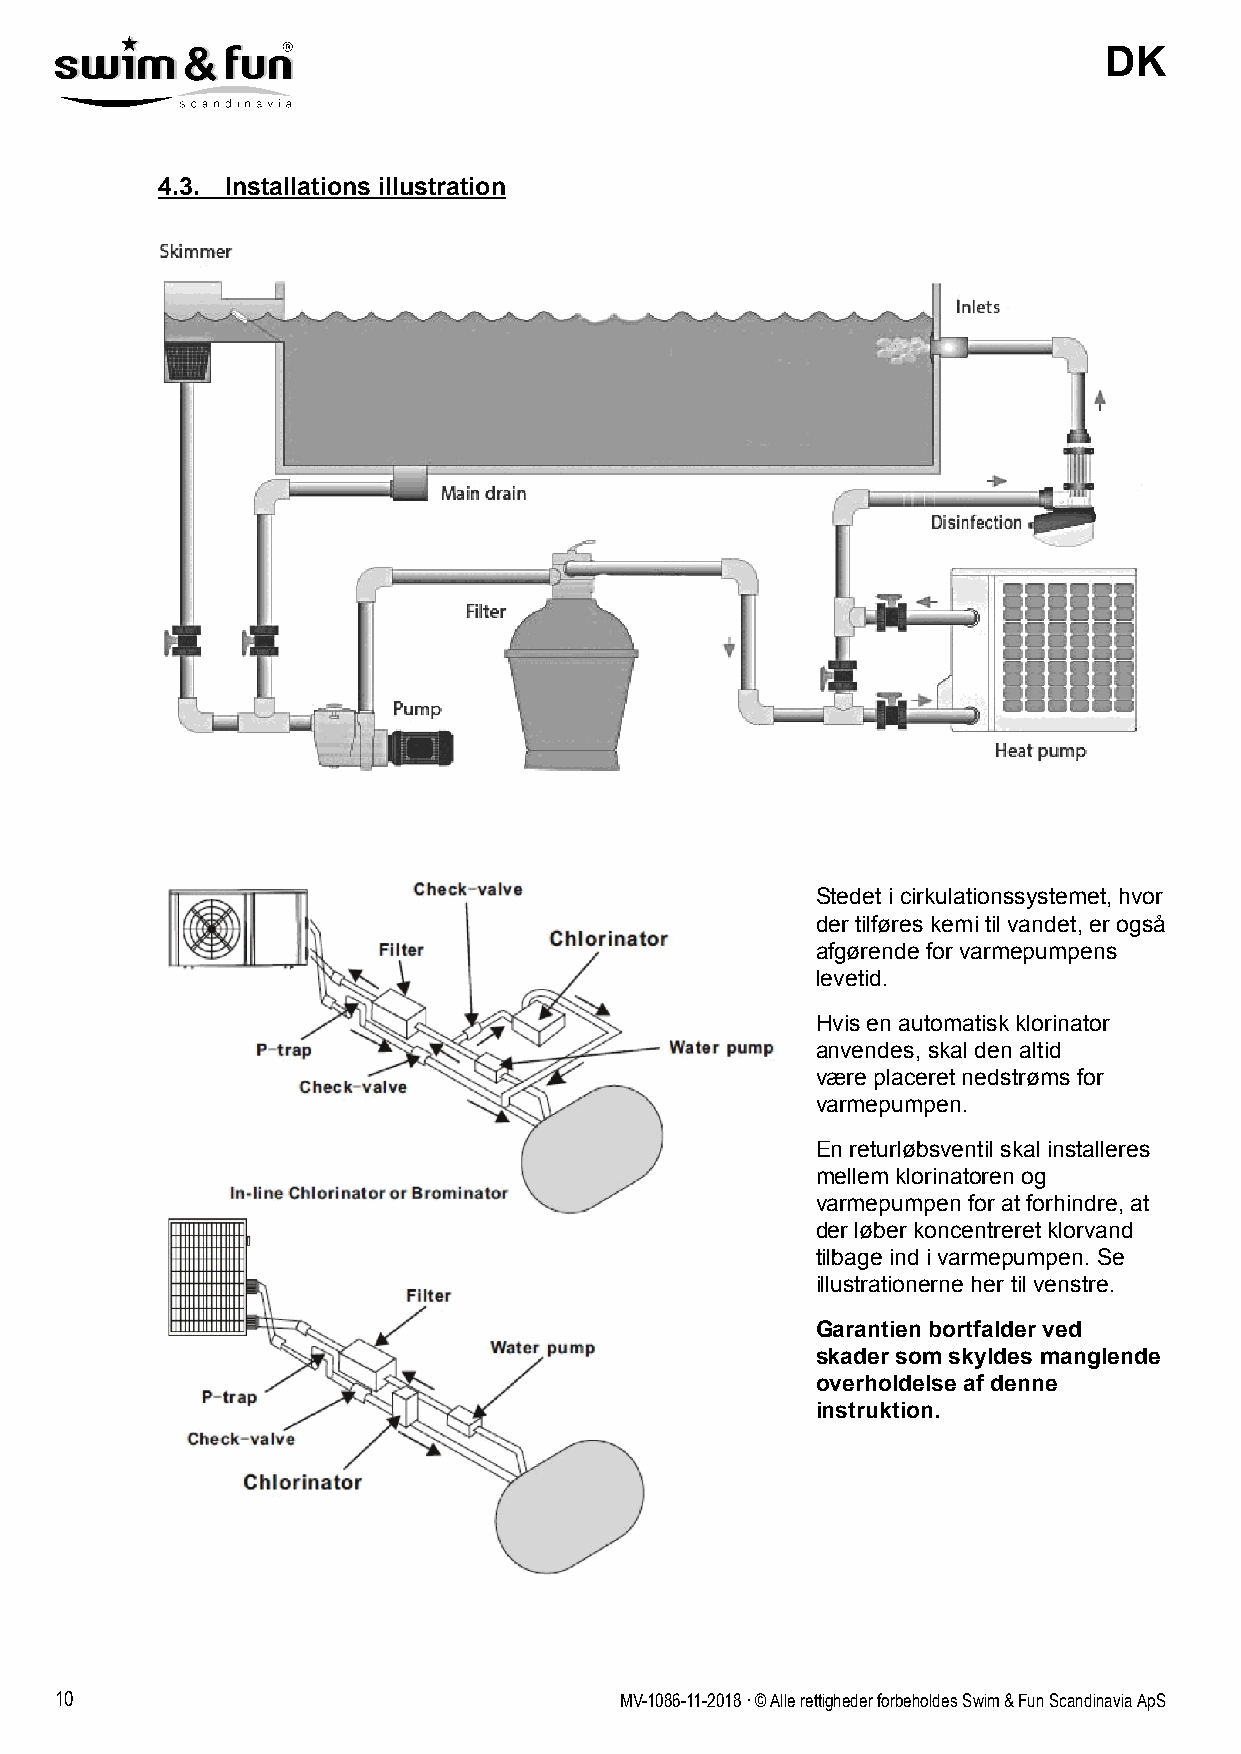
DK
 4.3. Installations illustration
 Stedet i cirkulationssystemet, hvor
 der tilføres kemi til vandet, er også
 afgørende for varmepumpens
 levetid.
 Hvis en automatisk klorinator
 anvendes, skal den altid
 være placeret nedstrøms for
 varmepumpen.
 En returløbsventil skal installeres
 mellem klorinatoren og
 varmepumpen for at forhindre, at
 der løber koncentreret klorvand
 tilbage ind i varmepumpen. Se
 illustrationerne her til venstre.
 Garantien bortfalder ved
 skader som skyldes manglende
 overholdelse af denne
 instruktion.
 10                                   MV-1086-11-2018 . © Alle rettigheder forbeholdes Swim & Fun Scandinavia ApS